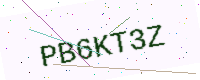
Text: PB6KT3Z